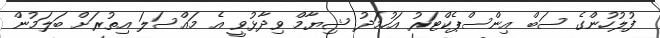
ފުލުހުންގެ ސަބް އިންސްޕެކްޓަރު އަހުމަދު ޝިޔާމް ވިދާޅުވީ އެ މައްސަލަ އިތުރަށް ބަލަމުން